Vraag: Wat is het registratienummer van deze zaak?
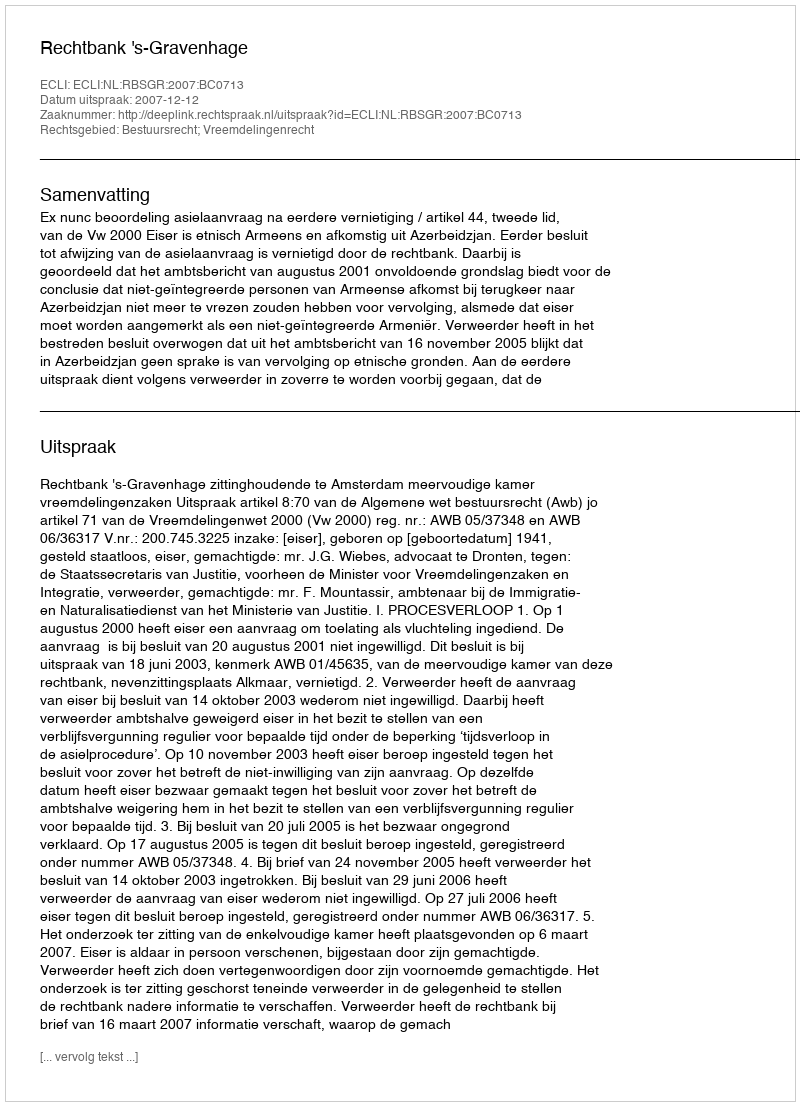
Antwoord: http://deeplink.rechtspraak.nl/uitspraak?id=ECLI:NL:RBSGR:2007:BC0713